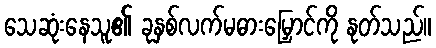
သေဆုံးနေသူ၏ ခုနှစ်လက်မဓားမြှောင်ကို နုတ်သည်။